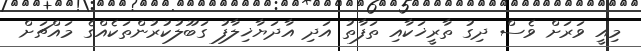
މިއީ ވަރަށް ވެސް ދިގު ތާރީޚަކާއި ތަފާތު އަދި އާދަޔާޚިލާފު ގަބޫލުކުރުންތަކެއްގެ މައްޗަށް